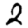
Digit: 2